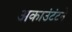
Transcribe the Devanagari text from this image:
अकाउंटंटने